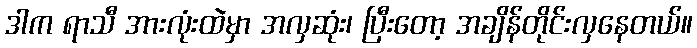
ဒါက ရာသီ အားလုံးထဲမှာ အလှဆုံး၊ ပြီးတော့ အချိန်တိုင်းလှနေတယ်။